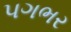
પગભર